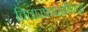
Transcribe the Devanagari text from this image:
विचारप्रवाहांविरुद्ध